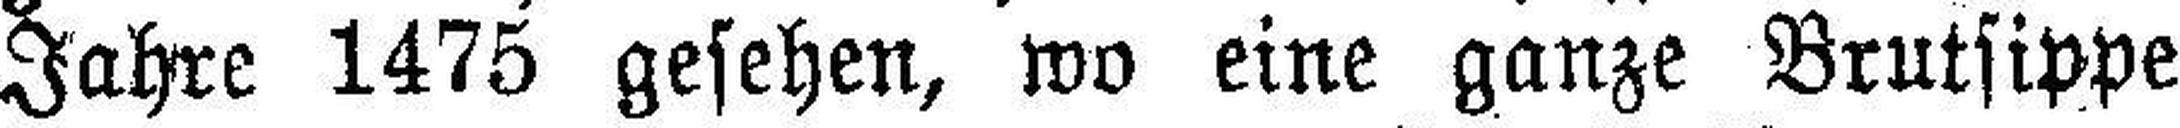
Jahre 1475 gesehen, wo eine ganze Brutsippe